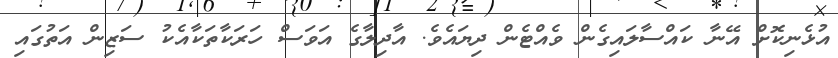
އުޅެނިކޮށް އޭނާ ކައްސާލައިގެން ވެއްޓެން ދިޔައެވެ. އާދިލާގެ އަވަސް ހަރަކާތަކާއެކު ސަޒިން އަތުގައި